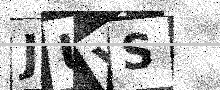
Text: JUVS